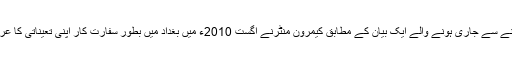
امریکی سفارت خانے سے جاری ہونے والے ایک بیان کے مطابق کیمرون منٹرنے اگست 2010ء میں بغداد میں بطور سفارت کار اپنی تعیناتی کا عرصہ مکمل کیا ہے۔